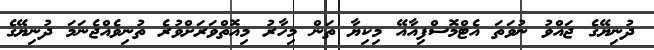
ދުނިޔޭގެ ޖައްވު ނުވަތަ އެޓްމޮސްފިއާއޭ މިކިޔާ ތަން މިހާރު މިއޮތްވަރަށްވުރެ ތުނިވެއްޖެނަމަ ދުނިޔޭގެ